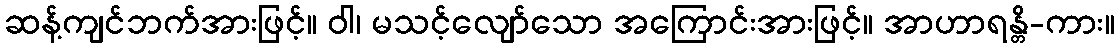
ဆန့်ကျင်ဘက်အားဖြင့်။ ဝါ၊ မသင့်လျော်သော အကြောင်းအားဖြင့်။ အာဟာရန္တိ-ကား။